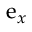
\boldsymbol { \mathrm { e } } _ { x }